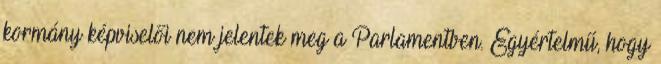
kormány képviselői nem jelentek meg a Parlamentben. Egyértelmű, hogy